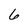
Character: 6